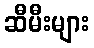
ဆီမီးများ